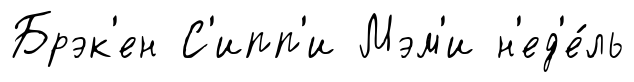
Брэк'ен С'ипп'и Мэм'и н'ед'е́ль